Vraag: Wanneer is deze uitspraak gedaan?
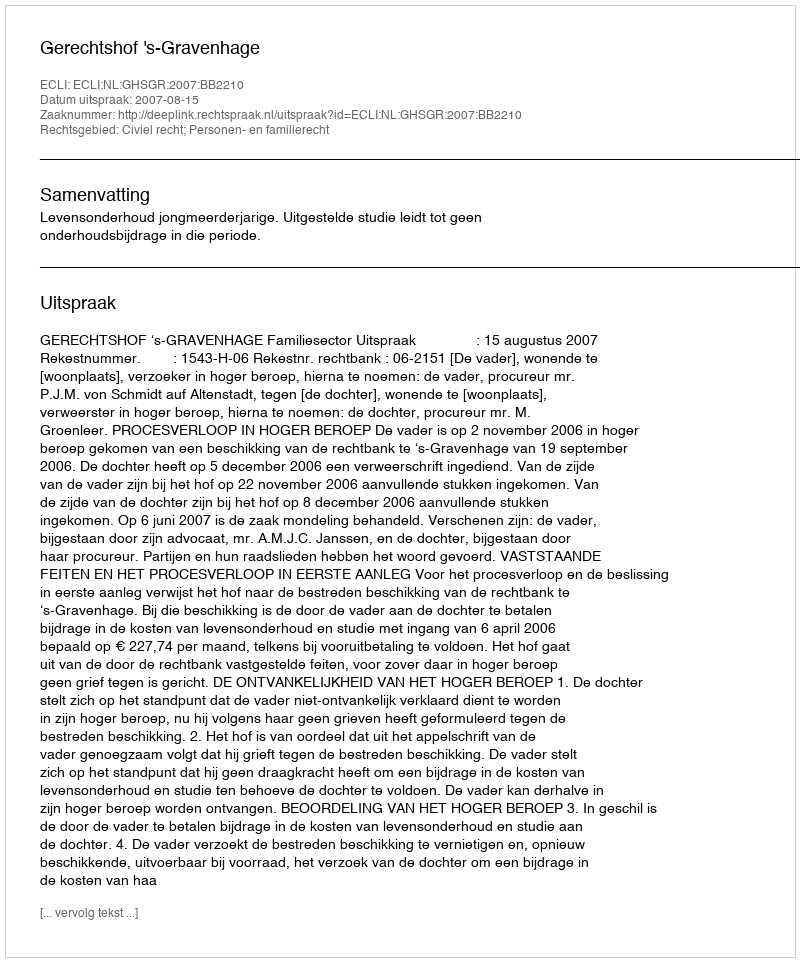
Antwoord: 2007-08-15